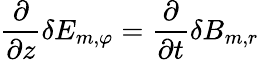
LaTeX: \frac{\partial}{\partial z}\delta E_{m,\varphi}=\frac{\partial}{\partial t}\delta B_{m,r}